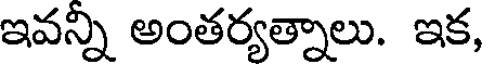
ఇవన్ని అంతర్యత్నాలు. ఇక,